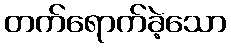
တက်ရောက်ခဲ့သော